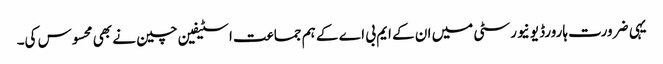
یہی ضرورت ہارورڈ یونیورسٹی میں ان کے ایم بی اے کے ہم جماعت اسٹیفین چین نے بھی محسوس کی۔